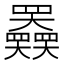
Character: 𡚤